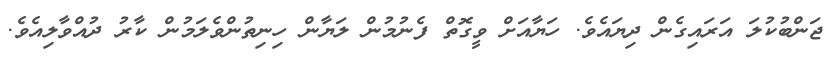
ޖަންބުކުލަ އަރައިގެން ދިޔައެވެ. ހަޔާއަަށް ވީގޮތް ފެނުމުން ލަޔާން ހިނިތުންވެލަމުން ކާރު ދުއްވާލިއެވެ.